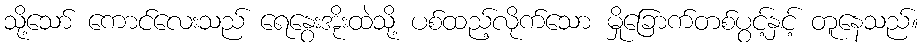
သို့သော် ကောင်လေးသည် ရေနွေးအိုးထဲသို့ ပစ်ထည့်လိုက်သော မှိုခြောက်တစ်ပွင့်နှင့် တူနေသည်။